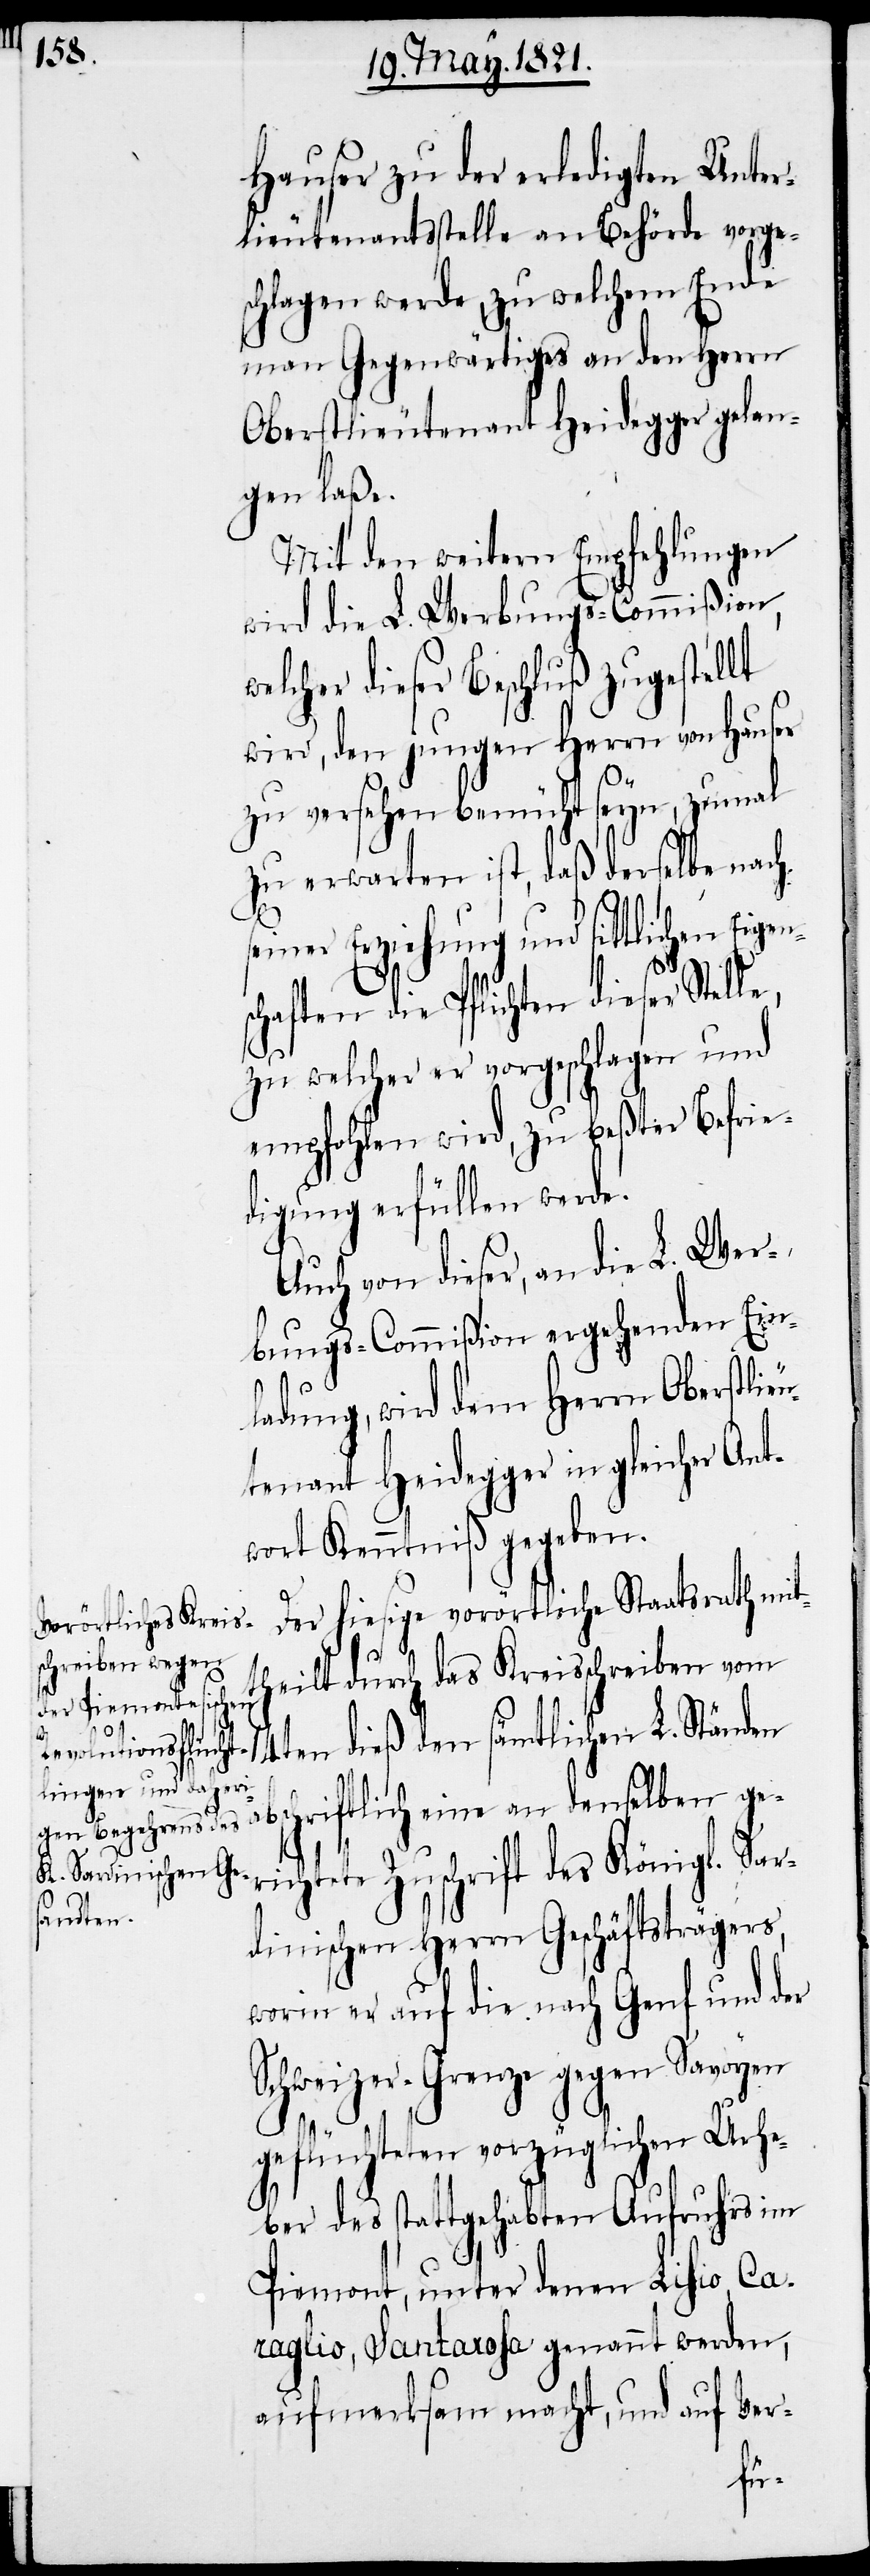
Hauser zu der erledigten Unter¬
lieutenantsstelle an Behörde vorge¬
schlagen werde, zu welchem Ende
man Gegenwärtiges an den Herrn
Oberstlieutenant Heidegger gelan¬
gen laße.
Mit den weitern Empfehlungen
wird die L. Werbungs-Commißion,
welcher dieser Beschluß zugestellt
wird, den jungen Herrn von Hauser
zu versehen bemüht seyn, zumal
zu erwarten ist, daß derselbe nach
seiner Erziehung und sittlichen Eigen¬
schaften die Pflichten dieser
zu welcher er vorgeschlagen und
empfohlen wird, zu beßter Befrie¬
digung erfüllen werde.
Auch von dieser, an die L. Wer¬
bungs-Commißion ergehenden Ein¬
ladung, wird dem Herrn Oberstlie¬
utenant Heidegger in gleicher Ant¬
wort Kenntniß gegeben.
Der hiesige vorörtliche Staatsrath mit¬
theilt durch das Kreisschreiben vom
14ten dieß den sämtlichen L. Ständen
abschriftlich eine an denselben ge¬
richtete Zuschrift des Königl. Sar¬
dinischen Herrn Geschäftsträgers,
worin er auf die nach Genf und der
Schweizer-Grenze gegen Savoyen
geflüchteten vorzüglichen Urhe¬
ber des stattgehabten Aufruhrs im
Piemont, unter denen Lisio, Ca¬
raglio, Santarosa genannt werden,
aufmerksam macht, und auf Ver-